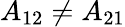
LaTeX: A_{12}\ne A_{21}